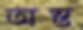
অস্ত